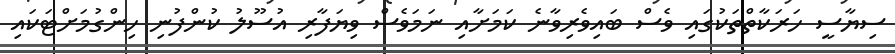
ސިޔާސީ ހަރަކާތްތަކުގައި ވެސް ބައިވެރިވާނެ ކަމަށާއި ނަމަވެސް ވިޔަފާރި އުސޫލު ކުންފުނި ހިންގުމަށްޓަކައި